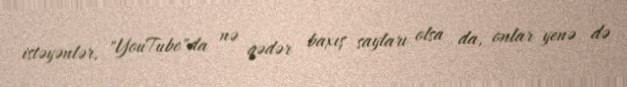
istəyənlər, "YouTube"da nə qədər baxış sayları olsa da, onlar yenə də